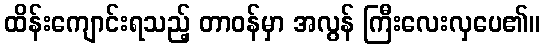
ထိန်းကျောင်းရသည့် တာဝန်မှာ အလွန် ကြီးလေးလှပေ၏။